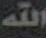
الله